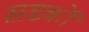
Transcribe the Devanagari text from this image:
स़डकों